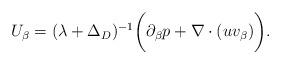
LaTeX: \begin{align*}U_\beta = (\lambda + \Delta_D)^{-1} \bigg ( \partial_\beta p + \nabla \cdot (u v_\beta) \bigg ). \end{align*}